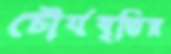
চৌর্যবৃত্তির